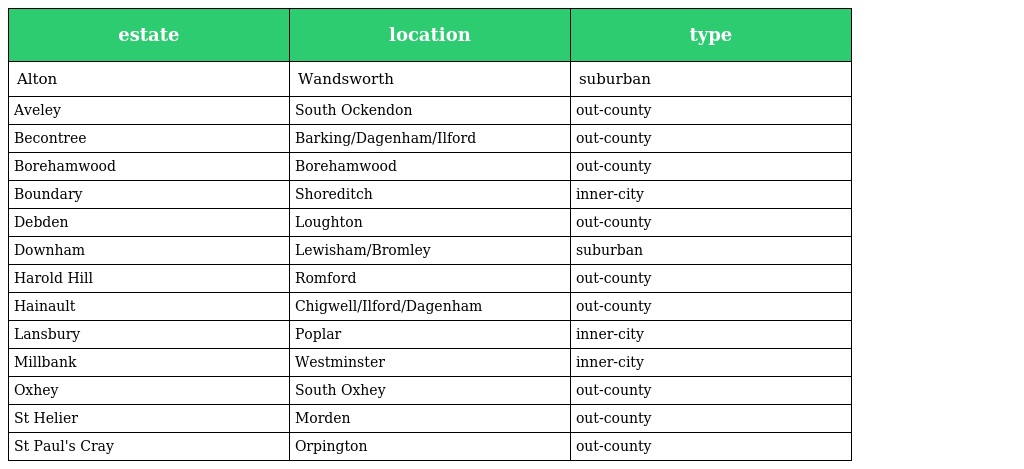
| estate | location | type |
 | --- | --- | --- |
 | Alton | Wandsworth | suburban |
 | Aveley | South Ockendon | out-county |
 | Becontree | Barking/Dagenham/Ilford | out-county |
 | Borehamwood | Borehamwood | out-county |
 | Boundary | Shoreditch | inner-city |
 | Debden | Loughton | out-county |
 | Downham | Lewisham/Bromley | suburban |
 | Harold Hill | Romford | out-county |
 | Hainault | Chigwell/Ilford/Dagenham | out-county |
 | Lansbury | Poplar | inner-city |
 | Millbank | Westminster | inner-city |
 | Oxhey | South Oxhey | out-county |
 | St Helier | Morden | out-county |
 | St Paul's Cray | Orpington | out-county |